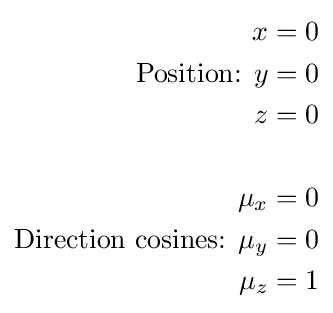
{\begin{aligned}x&=0\\{\text{Position: }}y&=0\\z&=0\\\\\mu _{x}&=0\\{\text{Direction cosines: }}\mu _{y}&=0\\\mu _{z}&=1\end{aligned}}